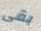
بقى